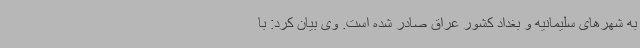
به شهرهای سلیمانیه و بغداد کشور عراق صادر شده است. وی بیان کرد: با